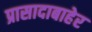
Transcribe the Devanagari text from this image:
प्रासादाबाहेर